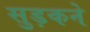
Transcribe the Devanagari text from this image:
सुड़कने